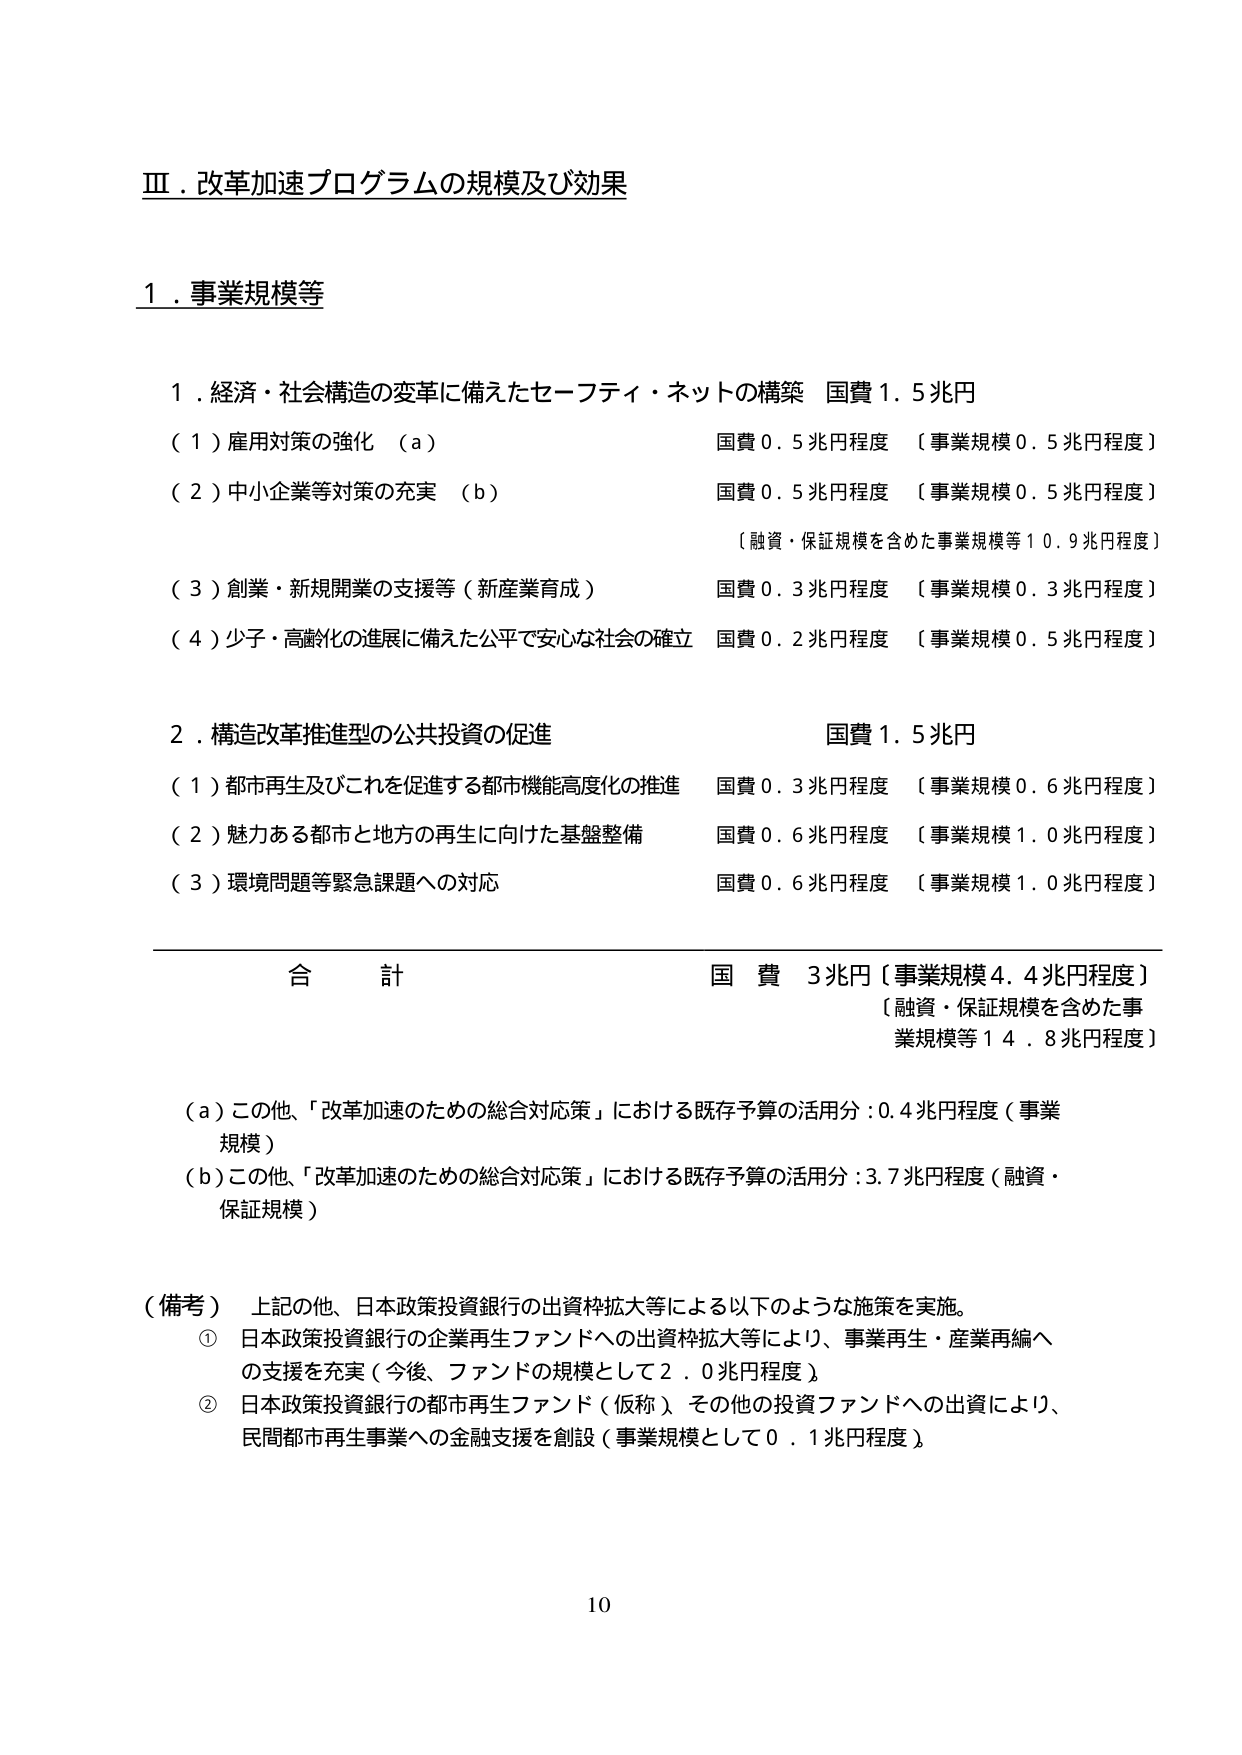
Ⅲ．改革加速プログラムの規模及び効果

１．事業規模等

１．経済・社会構造の変革に備えたセーフティ・ネットの構築　国費１．５兆円
　（１）雇用対策の強化　（ａ）　　　　　　　　　　　　　国費０．５兆円程度　〔事業規模０．５兆円程度〕
　（２）中小企業等対策の充実　（ｂ）　　　　　　　　　　国費０．５兆円程度　〔事業規模０．５兆円程度〕
　　　　　　　　　　　　　　　　　　　　　　　　　　　　〔融資・保証規模を含めた事業規模等１０．９兆円程度〕
　（３）創業・新規開業の支援等（新産業育成）　　　　　　国費０．３兆円程度　〔事業規模０．３兆円程度〕
　（４）少子・高齢化の進展に備えた公平で安心な社会の確立　国費０．２兆円程度　〔事業規模０．５兆円程度〕

２．構造改革推進型の公共投資の促進　　　　　　　　　　　国費１．５兆円
　（１）都市再生及びこれを促進する都市機能高度化の推進　国費０．３兆円程度　〔事業規模０．６兆円程度〕
　（２）魅力ある都市と地方の再生に向けた基盤整備　　　　国費０．６兆円程度　〔事業規模１．０兆円程度〕
　（３）環境問題等緊急課題への対応　　　　　　　　　　　国費０．６兆円程度　〔事業規模１．０兆円程度〕

　　　　　　　　　　　　　　　　　　　　　　　　　　　　合　　計　　　　　国　費　３兆円〔事業規模４．４兆円程度〕
　　　　　　　　　　　　　　　　　　　　　　　　　　　　　　　　　　　　〔融資・保証規模を含めた事業規模等１４．８兆円程度〕

　（ａ）この他、「改革加速のための総合対応策」における既存予算の活用分：０．４兆円程度（事業規模）
　（ｂ）この他、「改革加速のための総合対応策」における既存予算の活用分：３．７兆円程度（融資・保証規模）

（備考）　上記の他、日本政策投資銀行の出資枠拡大等による以下のような施策を実施。
　　　①　日本政策投資銀行の企業再生ファンドへの出資枠拡大等により、事業再生・産業再編への支援を充実（今後、ファンドの規模として２．０兆円程度）
　　　②　日本政策投資銀行の都市再生ファンド（仮称）その他の投資ファンドへの出資により、民間都市再生事業への金融支援を創設（事業規模として０．１兆円程度）

10